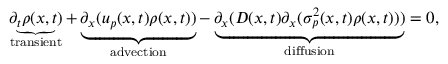
\underbrace { \partial _ { t } \rho ( x , t ) } _ { \substack { \mathrm { t r a n s i e n t } } } + \underbrace { \partial _ { x } ( u _ { p } ( x , t ) \rho ( x , t ) ) } _ { \substack { \mathrm { a d v e c t i o n } } } - \underbrace { \partial _ { x } ( D ( x , t ) \partial _ { x } ( \sigma _ { p } ^ { 2 } ( x , t ) \rho ( x , t ) ) ) } _ { \substack { \mathrm { d i f f u s i o n } } } = 0 ,